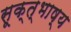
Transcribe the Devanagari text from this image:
सूक्त्भाष्य